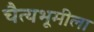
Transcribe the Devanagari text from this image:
चैत्यभूमीला